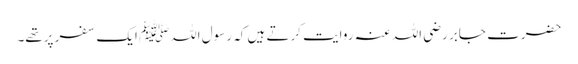
حضرت جابر رضی اللہ عنہ روایت کرتے ہیں کہ رسول اللہﷺ ایک سفر پرتھے۔